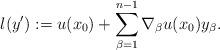
LaTeX: \begin{align*}l (y') := u (x_0) + \sum_{\beta = 1}^{n-1} \nabla_\beta u (x_0) y_\beta.\end{align*}